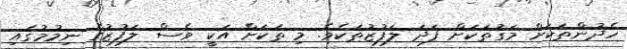
ހެދުންތަކަށް މަގުތަކަށް ފަދަ ލަފުޒުތަކެވެ. މި ތަކަށް އަކީ ވެސް ލަފުޒުގެ ނިމުމުގައި